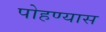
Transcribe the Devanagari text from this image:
पोहण्यास